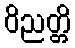
ဝိညတ္တိ